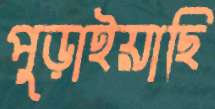
পুড়াইয়াছি